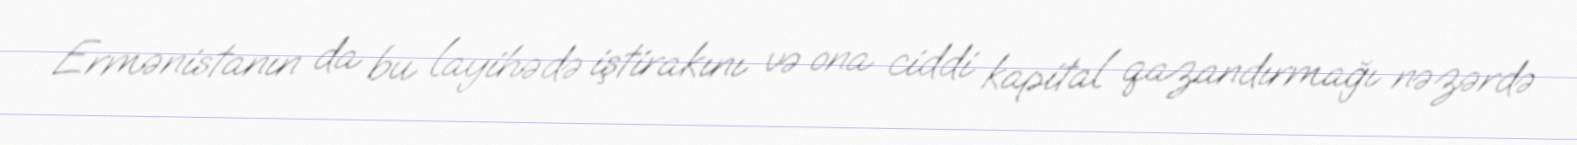
Ermənistanın da bu layihədə iştirakını və ona ciddi kapital qazandırmağı nəzərdə